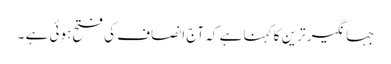
جہانگیر ترین کا کہنا ہے کہ آج انصاف کی فتح ہوئی ہے ۔